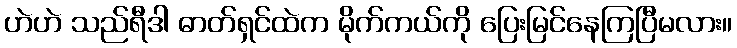
ဟဲဟဲ သည်ရီဒါ ဓာတ်ရှင်ထဲက မိုက်ကယ်ကို ပြေးမြင်နေကြပြီမလား။